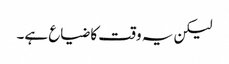
لیکن یہ وقت کا ضیاع ہے۔